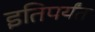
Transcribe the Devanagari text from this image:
इतिपर्यंत